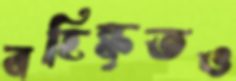
বহিষ্কৃতও